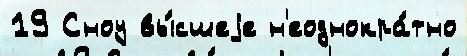
19 Сноу вы́сшеjе н'еоднокра́тно